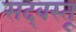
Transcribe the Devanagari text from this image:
सद्‌वस्तू